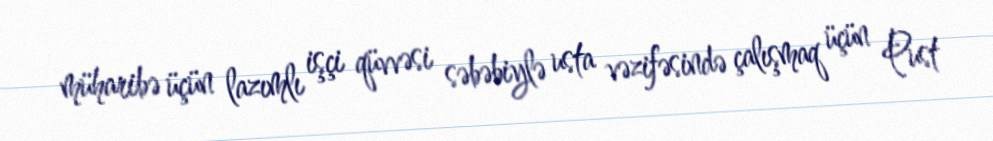
müharibə üçün lazımlı işçi qüvvəsi səbəbiylə usta vəzifəsində çalışmaq üçün Pust